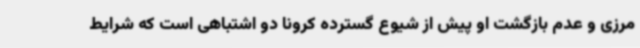
مرزی و عدم بازگشت او پیش از شیوع گسترده کرونا دو اشتباهی است که شرایط